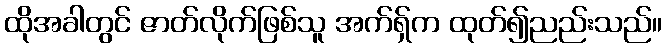
ထိုအခါတွင် ဇာတ်လိုက်ဖြစ်သူ အက်ရှ်က ထုတ်၍ညည်းသည်။